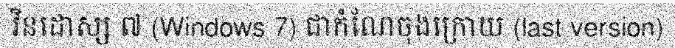
វិនដោស្ស ៧ (Windows 7) ជាកំណែចុងក្រោយ (last version)